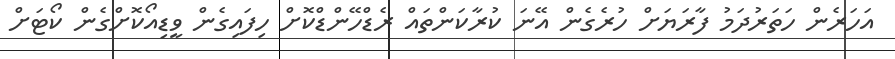
އަހަރެން ހަތަރުދަމު ފާރަޔަށް ހުރެގެން އޭނަ ކުރާކަންތައް ރެޑްހޭންޑްކޮށް ހިފައިގެން ވީޑިއޯކޮށްގެން ކޯޓަށް